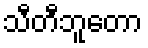
သီတီဘူတော